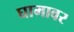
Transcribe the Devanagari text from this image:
घामावर